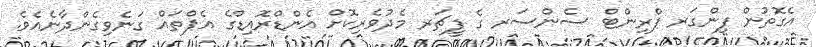
އެގޮތުން ފިންގަރ ޕްރިންޓް ސެންސަރ ގެ ފީޗަރ މެދުވެރިކޮށް އެންޑްރޮއިޑްގެ އެޕްތައް ގަނެވިގެންދާނެއެވެ.